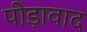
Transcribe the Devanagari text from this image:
पीड़ावाद